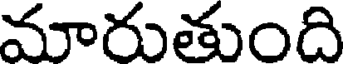
మారుతుంది